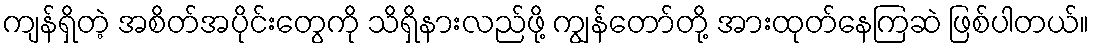
ကျန်ရှိတဲ့ အစိတ်အပိုင်းတွေကို သိရှိနားလည်ဖို့ ကျွန်တော်တို့ အားထုတ်နေကြဆဲ ဖြစ်ပါတယ်။